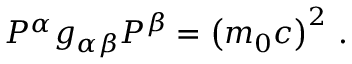
P ^ { \alpha } g _ { \alpha \beta } P ^ { \beta } = \left( m _ { 0 } c \right) ^ { 2 } \, .